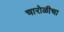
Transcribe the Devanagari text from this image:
चारोळीचा